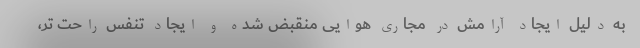
به دلیل ایجاد آرامش در مجاری هوایی منقبض شده و ایجاد تنفس راحت تر،